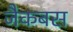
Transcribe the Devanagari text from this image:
जैकबस